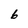
Character: 6